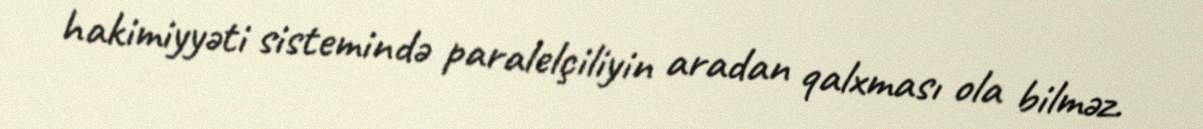
hakimiyyəti sistemində paralelçiliyin aradan qalxması ola bilməz.